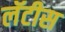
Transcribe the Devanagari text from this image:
लॅटीस